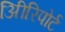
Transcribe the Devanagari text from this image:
अिीरिपोर्ट